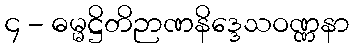
၄ - ဓမ္မဋ္ဌိတိဉာဏနိဒ္ဒေသဝဏ္ဏနာ